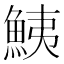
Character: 鮧